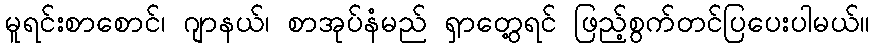
မူရင်းစာစောင်၊ ဂျာနယ်၊ စာအုပ်နံမည် ရှာတွေ့ရင် ဖြည့်စွက်တင်ပြပေးပါမယ်။